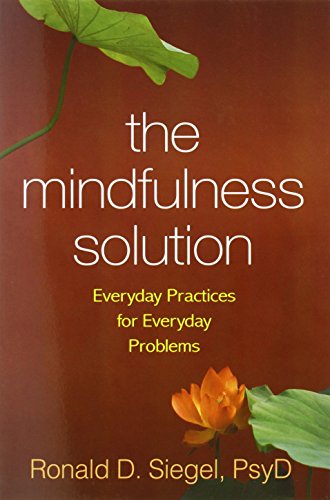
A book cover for The Mindfulness Solution: Everyday Practices for Everyday Problems; Ronald D. Siegel; Science & Math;